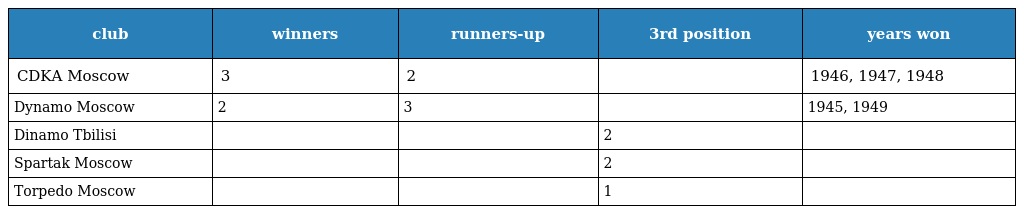
| club | winners | runners-up | 3rd position | years won |
 | --- | --- | --- | --- | --- |
 | CDKA Moscow | 3 | 2 |  | 1946, 1947, 1948 |
 | Dynamo Moscow | 2 | 3 |  | 1945, 1949 |
 | Dinamo Tbilisi |  |  | 2 |  |
 | Spartak Moscow |  |  | 2 |  |
 | Torpedo Moscow |  |  | 1 |  |